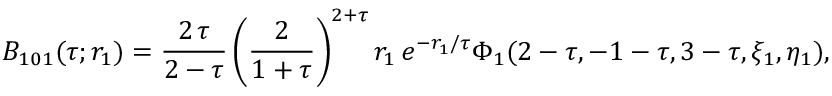
{ \cal B } _ { 1 0 1 } ( \tau ; { r } _ { 1 } ) = \frac { 2 \, \tau } { 2 - \tau } \left( \frac { 2 } { 1 + \tau } \right) ^ { 2 + \tau } { r } _ { 1 } \, e ^ { - r _ { 1 } / \tau } \Phi _ { 1 } ( 2 - \tau , - 1 - \tau , 3 - \tau , \xi _ { 1 } , \eta _ { 1 } ) ,